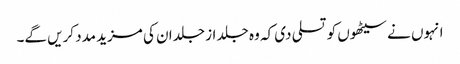
انہوں نے سیٹھوں کو تسلی دی کہ وہ جلد از جلد ان کی مزید مدد کریں گے۔